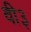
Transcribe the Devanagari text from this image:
वी३